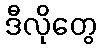
ဒီလိုတွေ